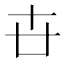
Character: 卋